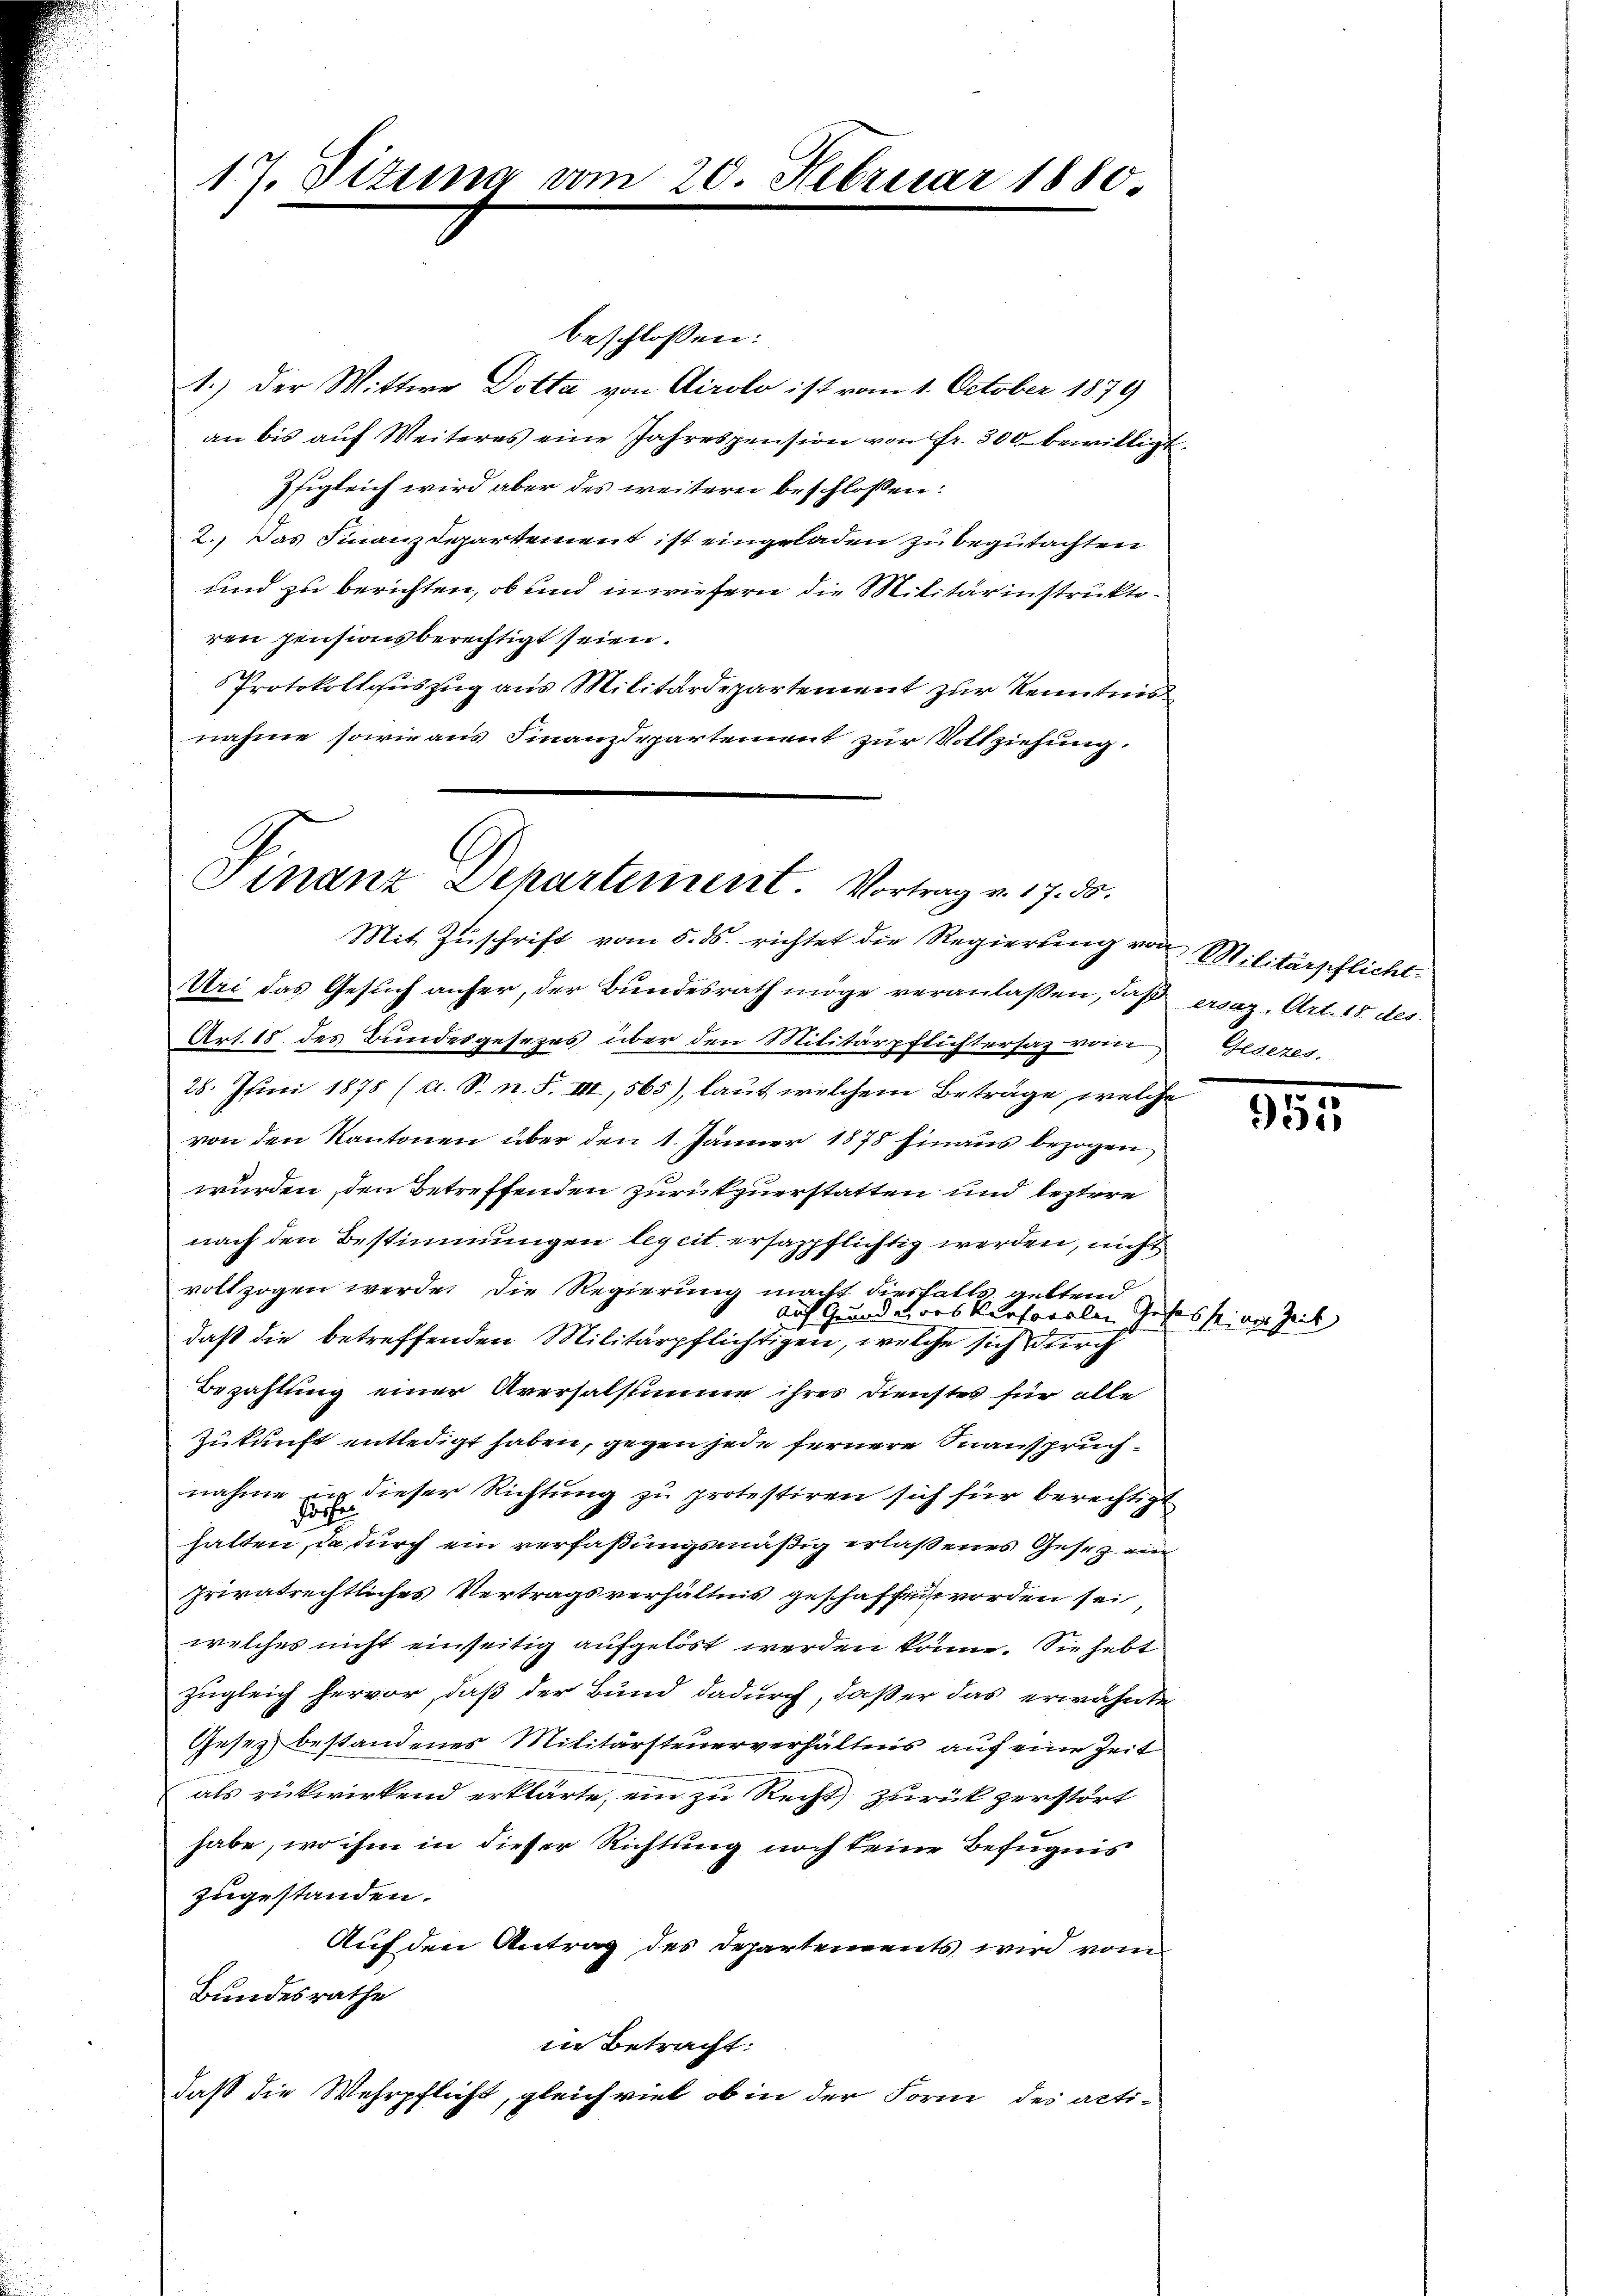
17. Sizuma

beschlossen:
1.) Der Wittwe Dotta von Airolo ist vom 1. October 1879
an bis auf Weiteres eine Jahrespension von Fr. 300 bewilligt
Eigleich wird aber des weitern beschlossen:
2.) Das Finanzdepartement ist eingeladen zu begutachten
und zu berichten, ob und inwiefern die Militärinstruktiren pensionsberechtigt seien.
Protokollauszug aus Militärdepartement zur Kenntner
nahme sowie aus Finanzdepartement zur Vollziehung.

10. Februar 1880.

Finanz Departement. Vortrag v. 17. ds.
Mit Zuschrift vom 5. ds. richtet die Regierung von Militärpflicht

Uri das Gesuch anfer, der Bundesrath möge veranlassen, daß ersaz. Art. 18 des
Art. 18 des Bundesgesezes über den Militärpflichtersaz vom Gesezes,
28. Juni 1878 (a. S. n. F. VII, 565), laut welchem Betrage, welche
von den Kantonen über den 1. Jänner 1878 hinaus bezogen
würden, den Betreffenden zurükzuerstatten und leztere
nach den Bestimmungen legcit. ersazpflichtig werden, nicht
vollzogen werde, die Regierung macht diesfalls geltend
auf Grund eines Versonalen Geses seiner Zeit
daß die betreffenden Militärpflichtigen, welche sich durch
Bezahlung einer Aversalstimme ihres Dienstes für alle
Zukunft entledigt haben, gegen jede fernere Inanspruchnahme in dieser Richtung zu protestiren sich für berechtigt
dörfer
hatten, da durch ein verfaßungsmäßig erlaßenes Gesez wir
Privatrechtliches Vertragsverhältnis geschaffen worden sei
welches nicht einseitig aufgelöst werden könne. Sie hebt
zugleich hervor, daß der Bund dadurch, daß er das erwähnte
Gesez bestandenes Militärsteuerverhältens auf eine Zeit
als rückwirkend erklärte, ein zu Recht zurück zerstört
habe, wo ihm in dieser Richtung noch keine Befugnis
zugestanden.
Auf den Antrag des Departements wird vom
Bundesrathe
in Betracht:
daß die Wehrpflicht, gleich viel ob in der Form des acti¬

951